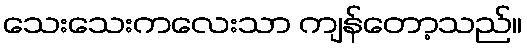
သေးသေးကလေးသာ ကျန်တော့သည်။